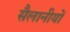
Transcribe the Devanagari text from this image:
सैलानीयों